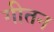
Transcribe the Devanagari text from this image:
गीतन